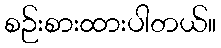
စဉ်းစားထားပါတယ်။